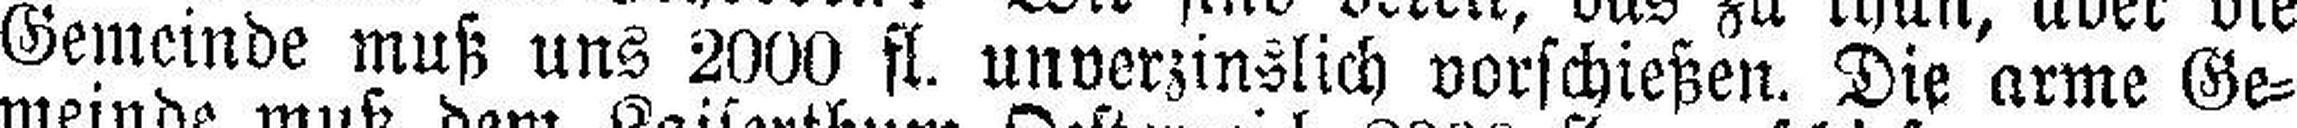
Gemeinde muß uns 2000 fl. unverzinslich vorschießen. Die arme Ge¬